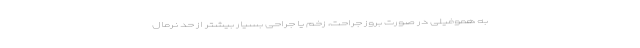
به هموفیلی در صورت بروز جراحت، زخم یا جراحی بسیار بیشتر از حد نرمال